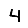
Digit: 4